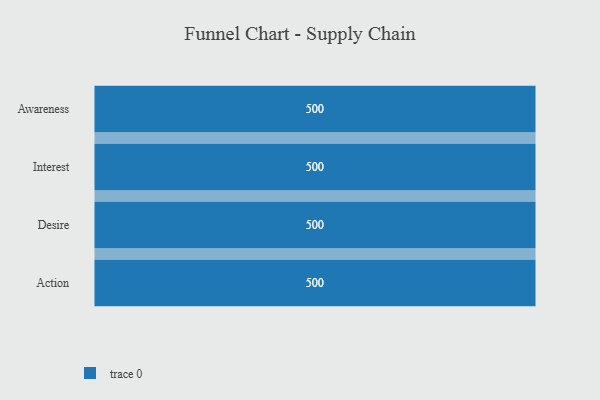
{"axis": {"x": "Stage", "y": "Value"}, "legend": [""], "data": [{"x": "Awareness", "y": 500, "type": ""}, {"x": "Interest", "y": 500, "type": ""}, {"x": "Desire", "y": 500, "type": ""}, {"x": "Action", "y": 500, "type": ""}]}